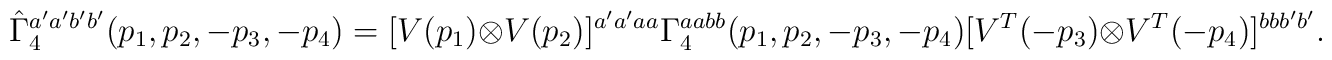
\hat{\Gamma}_4^{a'a'b'b'}(p_1, p_2, -p_3, -p_4)=[V(p_1)\otimes V(p_2)]^{a'a'aa} {\Gamma}_4^{aabb}(p_1, p_2, -p_3, -p_4) [V^T(-p_3)\otimes V^T(-p_4)]^{bbb'b'}.